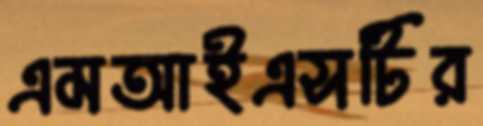
এমআইএসটির